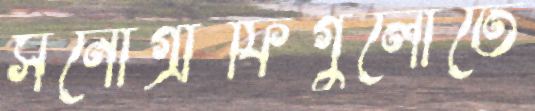
সনোগ্রাফিগুলোতে